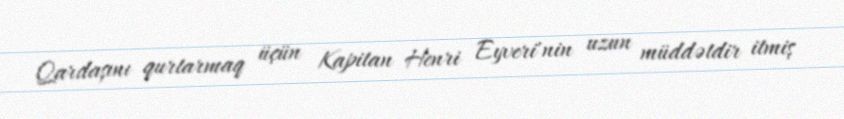
Qardaşını qurtarmaq üçün Kapitan Henri Eyveri'nin uzun müddətdir itmiş